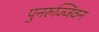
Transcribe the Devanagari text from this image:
पुनरुज्जिवन